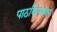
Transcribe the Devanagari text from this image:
पाठविल्यावर